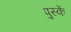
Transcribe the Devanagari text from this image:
पुस्कें